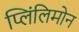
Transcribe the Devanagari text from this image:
प्लिंलिमोन